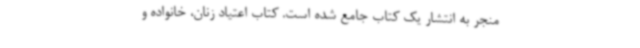
منجر به انتشار یک کتاب جامع شده است. کتاب اعتیاد زنان، خانواده و